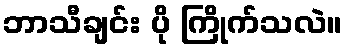
ဘာသီချင်း ပို ကြိုက်သလဲ။